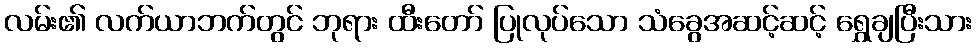
လမ်း၏ လက်ယာဘက်တွင် ဘုရား ထီးတော် ပြုလုပ်သော သံခွေအဆင့်ဆင့် ရွှေချပြီးသား